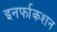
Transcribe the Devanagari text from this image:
इनर्फाकशन